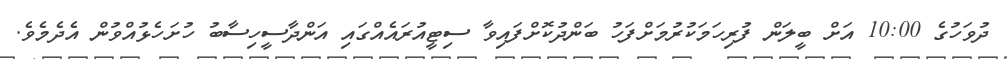
ދުވަހުގެ 10:00 އަށް ބީލަން ފުރިހަމަކުރުމަށްފަހު ބަންދުކޮށްފައިވާ ސިޓީއުރައެއްގައި އަންދާސީހިސާބު ހުށަހެޅުއްވުން އެދެމެވެ.